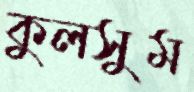
কুলসুম